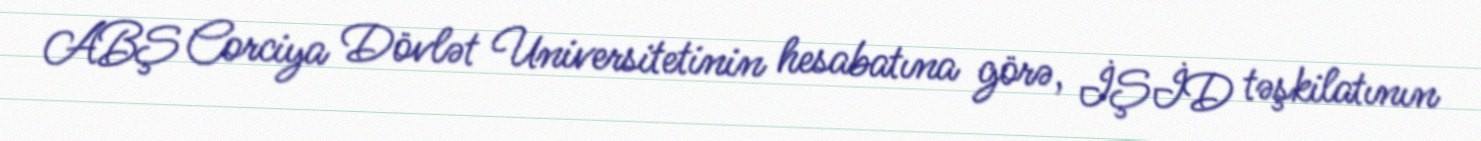
ABŞ Corciya Dövlət Universitetinin hesabatına görə, İŞİD təşkilatının